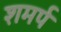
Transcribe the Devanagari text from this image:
शमर्प